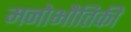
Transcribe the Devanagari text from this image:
मनोभौतिकी